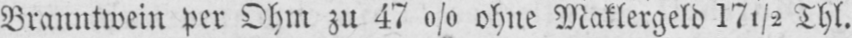
Branntwein per Ohm zu 47% ohne Maklergeld 17½ Thl.